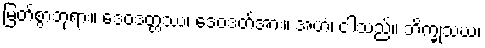
မြတ်စွာဘုရား။ ဒေဝဒတ္တဿ၊ ဒေဝဒတ်အား။ အဟံ၊ ငါသည်။ ဘိက္ခုသံဃံ၊